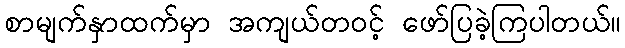
စာမျက်နှာထက်မှာ အကျယ်တဝင့် ဖော်ပြခဲ့ကြပါတယ်။